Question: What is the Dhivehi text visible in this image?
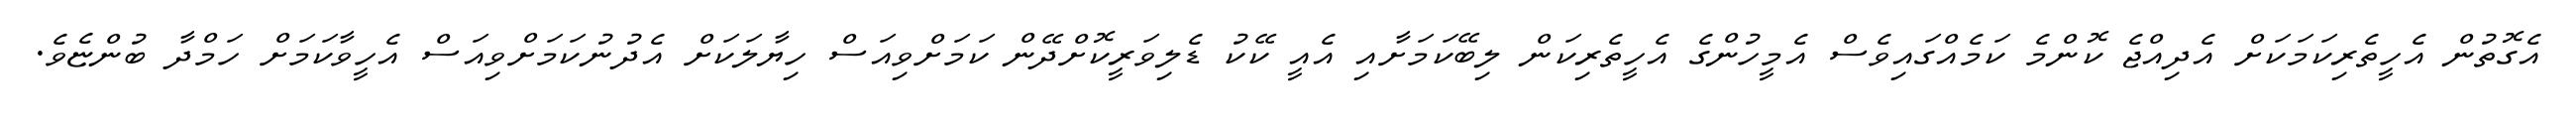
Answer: އެގޮތުން އެހީތެރިކަމަކަށް އެދިއްޖެ ކޮންމެ ކަމެއްގައިވެސް އެމީހުންގެ އެހީތެރިކަން ލިބޭކަމަށާއި އެއީ ކޭކު ޑެލިވަރީކޮށްދޭން ކަމަށްވިއަސް ހިޔާލަކަށް އެދުނުކަމަށްވިއަސް އެހީވާކަމަށް ހަމްދާ ބުންޏެވެ.